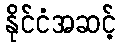
နိုင်ငံအဆင့်